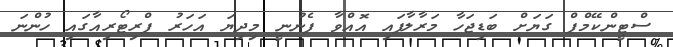
ސްޓީންކޭމްޕް ގަޔަށް ބަޑިޖަހާ މަރާލާފައި އޮއްވާ ފެނުނީ މިދިޔަ އަހަރު ޕްރިޓޯރިއާގައި ހުންނަ